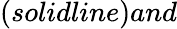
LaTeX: (solidline)and